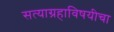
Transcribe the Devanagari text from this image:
सत्याग्रहाविषयीचा